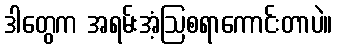
ဒါတွေက အရမ်းအံ့ဩစရာကောင်းတာပဲ။